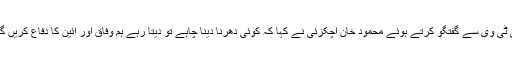
نجی ٹی وی سے گفتگو کرتے ہوئے محمود خان اچکزئی نے کہا کہ کوئی دھرنا دینا چاہے تو دیتا رہے ہم وفاق اور آئین کا دفاع کریں گے ۔